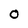
Character: O